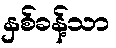
နှစ်ခန့်သာ